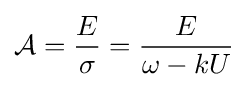
{\mathcal {A}}={\frac {E}{\sigma }}={\frac {E}{\omega -kU}}